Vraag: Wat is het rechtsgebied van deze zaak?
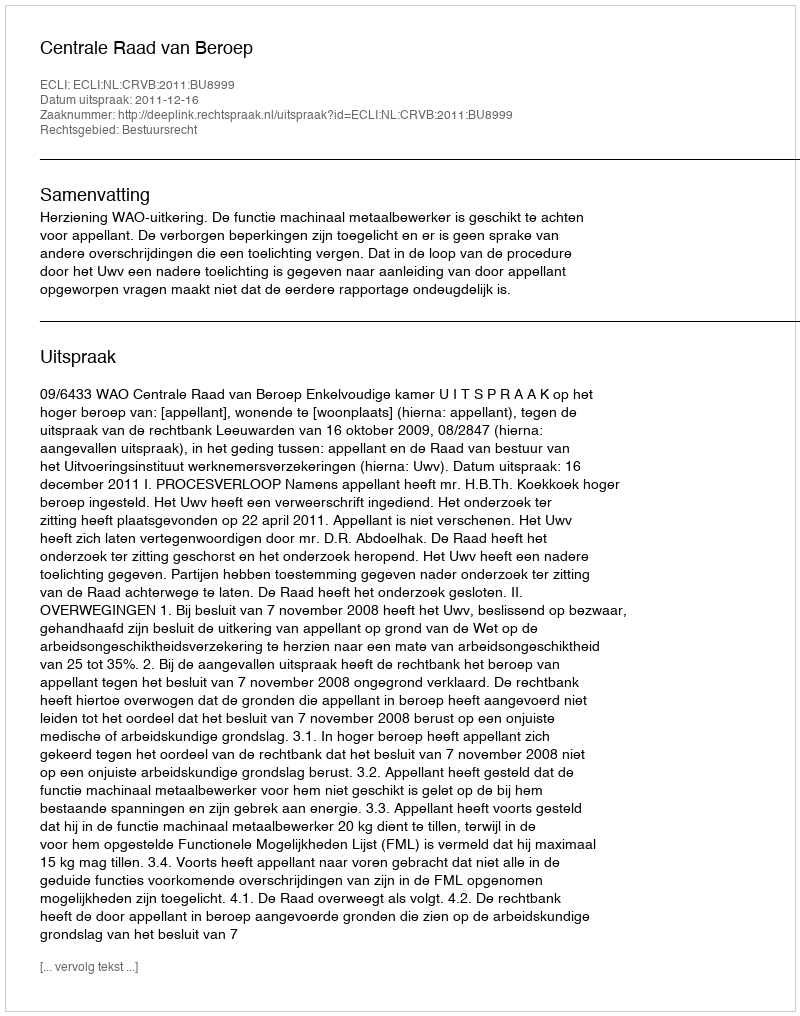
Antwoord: Bestuursrecht